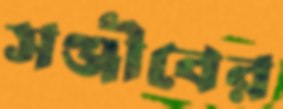
সঞ্জীবের